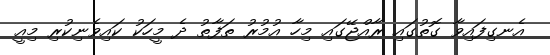
އެނގިފައިވާ ގޮތުގައި ރާއްޖޭގައި މިހާ އުމުރު ތަފާތު ދެ މީހަކު ކައިވެނިކުރި މިއީ